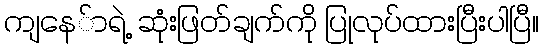
ကျနေ်ာရဲ့ ဆုံးဖြတ်ချက်ကို ပြုလုပ်ထားပြီးပါပြီ။